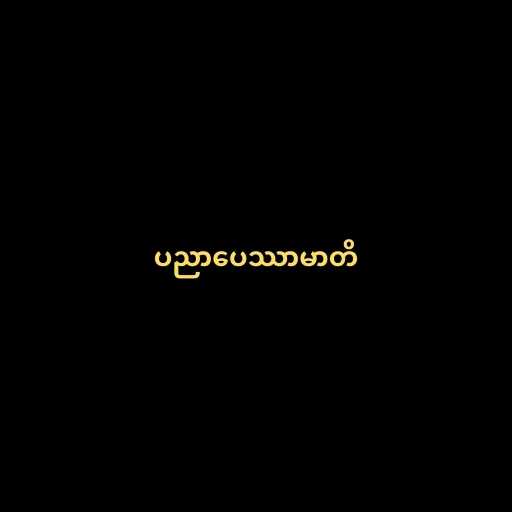
ပညာပေဿာမာတိ